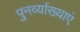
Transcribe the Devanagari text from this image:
पुनर्व्याख्याएं